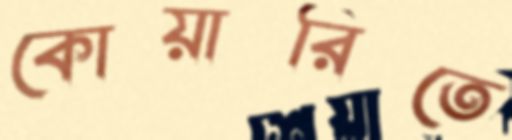
কোয়ারিতে